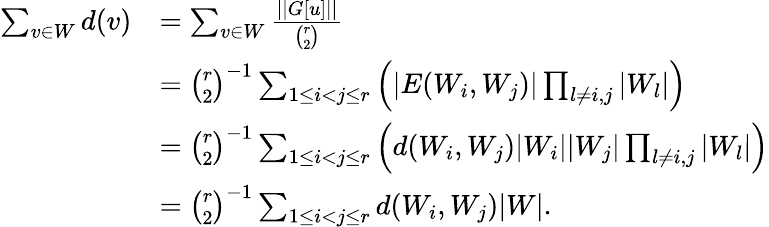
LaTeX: \begin{array}{rl}{\sum_{v\in W}d(v)}&{=\sum_{v\in W}\frac{||G[u]||}{\binom{r}{2}}}\\ &{=\binom{r}{2}^{-1}\sum_{1\le i<j\le r}\left(|E(W_{i},W_{j})|\prod_{l\neq i,j}|W_{l}|\right)}\\ &{=\binom{r}{2}^{-1}\sum_{1\le i<j\le r}\left(d(W_{i},W_{j})|W_{i}||W_{j}|\prod_{l\neq i,j}|W_{l}|\right)}\\ &{=\binom{r}{2}^{-1}\sum_{1\le i<j\le r}d(W_{i},W_{j})|W|.}\end{array}